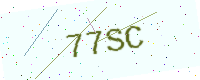
Text: 77SC